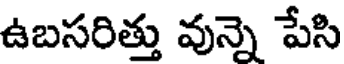
ఉబసరిత్తు వున్నె పేసి